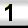
Digit: 1